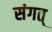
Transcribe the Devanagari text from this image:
संगत्